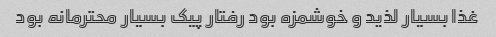
غذا بسیار لذید و خوشمزه بود رفتار پیک بسیار محترمانه بود